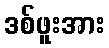
ဒစ်ဖူးအား